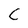
Character: C